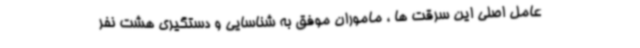
عامل اصلی این سرقت ها ، ماموران موفق به شناسایی و دستگیری هشت نفر